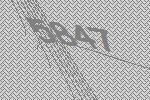
5847